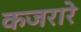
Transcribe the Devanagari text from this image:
कजरारे